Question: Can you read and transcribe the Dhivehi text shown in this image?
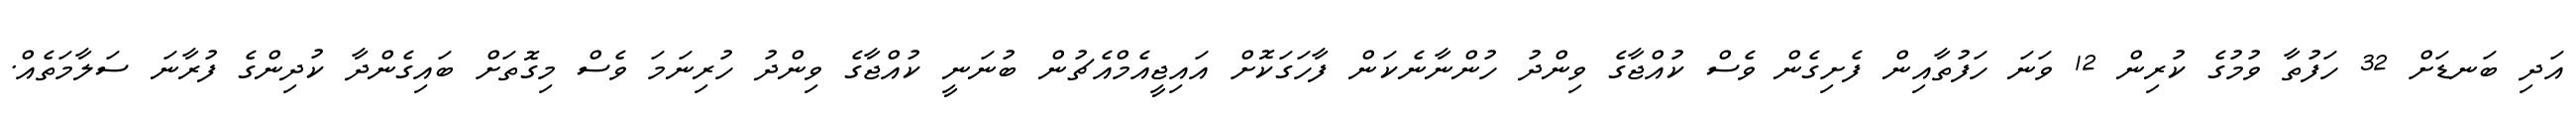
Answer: އަދި ބަނޑަށް 32 ހަފުތާ ވުމުގެ ކުރިން 12 ވަނަ ހަފުތާއިން ފެށިގެން ވެސް ކުއްޖާގެ ވިންދު ހުންނާނެކަން ފާހަގަކޮށް އައިޖީއެމްއެޗުން ބުނަނީ ކުއްޖާގެ ވިންދު ހުރިނަމަ ވެސް މިގޮތަށް ބައިގެންދާ ކުދިންގެ ފުރާނަ ސަލާމަތެއް.